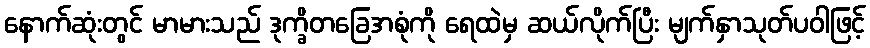
နောက်ဆုံးတွင် မာမားသည် ဒုက္ခိတခြေအစုံကို ရေထဲမှ ဆယ်လိုက်ပြီး မျက်နှာသုတ်ပဝါဖြင့်